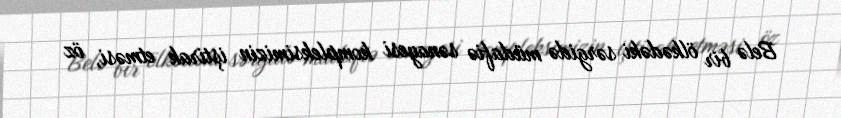
Belə bir ölkədəki sərgidə müdafiə sənayesi kompleksimizin iştirak etməsi, öz